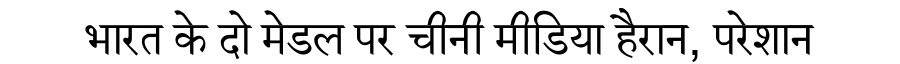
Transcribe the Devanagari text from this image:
भारत के दो मेडल पर चीनी मीडिया हैरान, परेशान